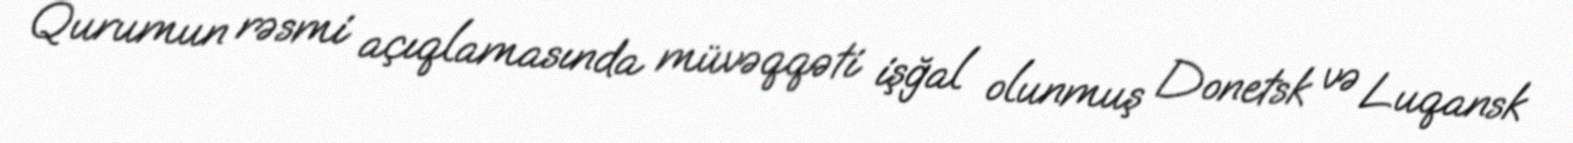
Qurumun rəsmi açıqlamasında müvəqqəti işğal olunmuş Donetsk və Luqansk